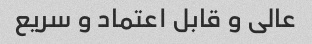
عالی و قابل اعتماد و سریع